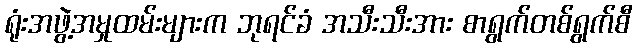
ရုံးအဖွဲ့အမှုထမ်းများက ဘုရင်ခံ အသီးသီးအား စာရွက်တစ်ရွက်စီ